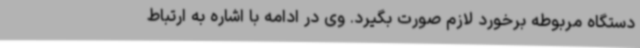
دستگاه مربوطه برخورد لازم صورت بگیرد. وی در ادامه با اشاره به ارتباط